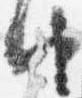
由